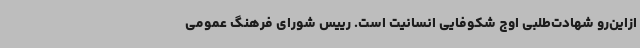
ازاین‌رو شهادت‌طلبی اوج شکوفایی انسانیت است. رییس شورای فرهنگ عمومی